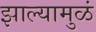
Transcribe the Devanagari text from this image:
झाल्यामुळं